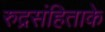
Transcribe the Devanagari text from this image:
रुद्रसंहिताके